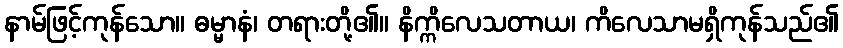
နာမ်ဖြင့်ကုန်သော။ ဓမ္မာနံ၊ တရားတို့၏။ နိက္ကိလေသတာယ၊ ကိလေသာမရှိကုန်သည်၏